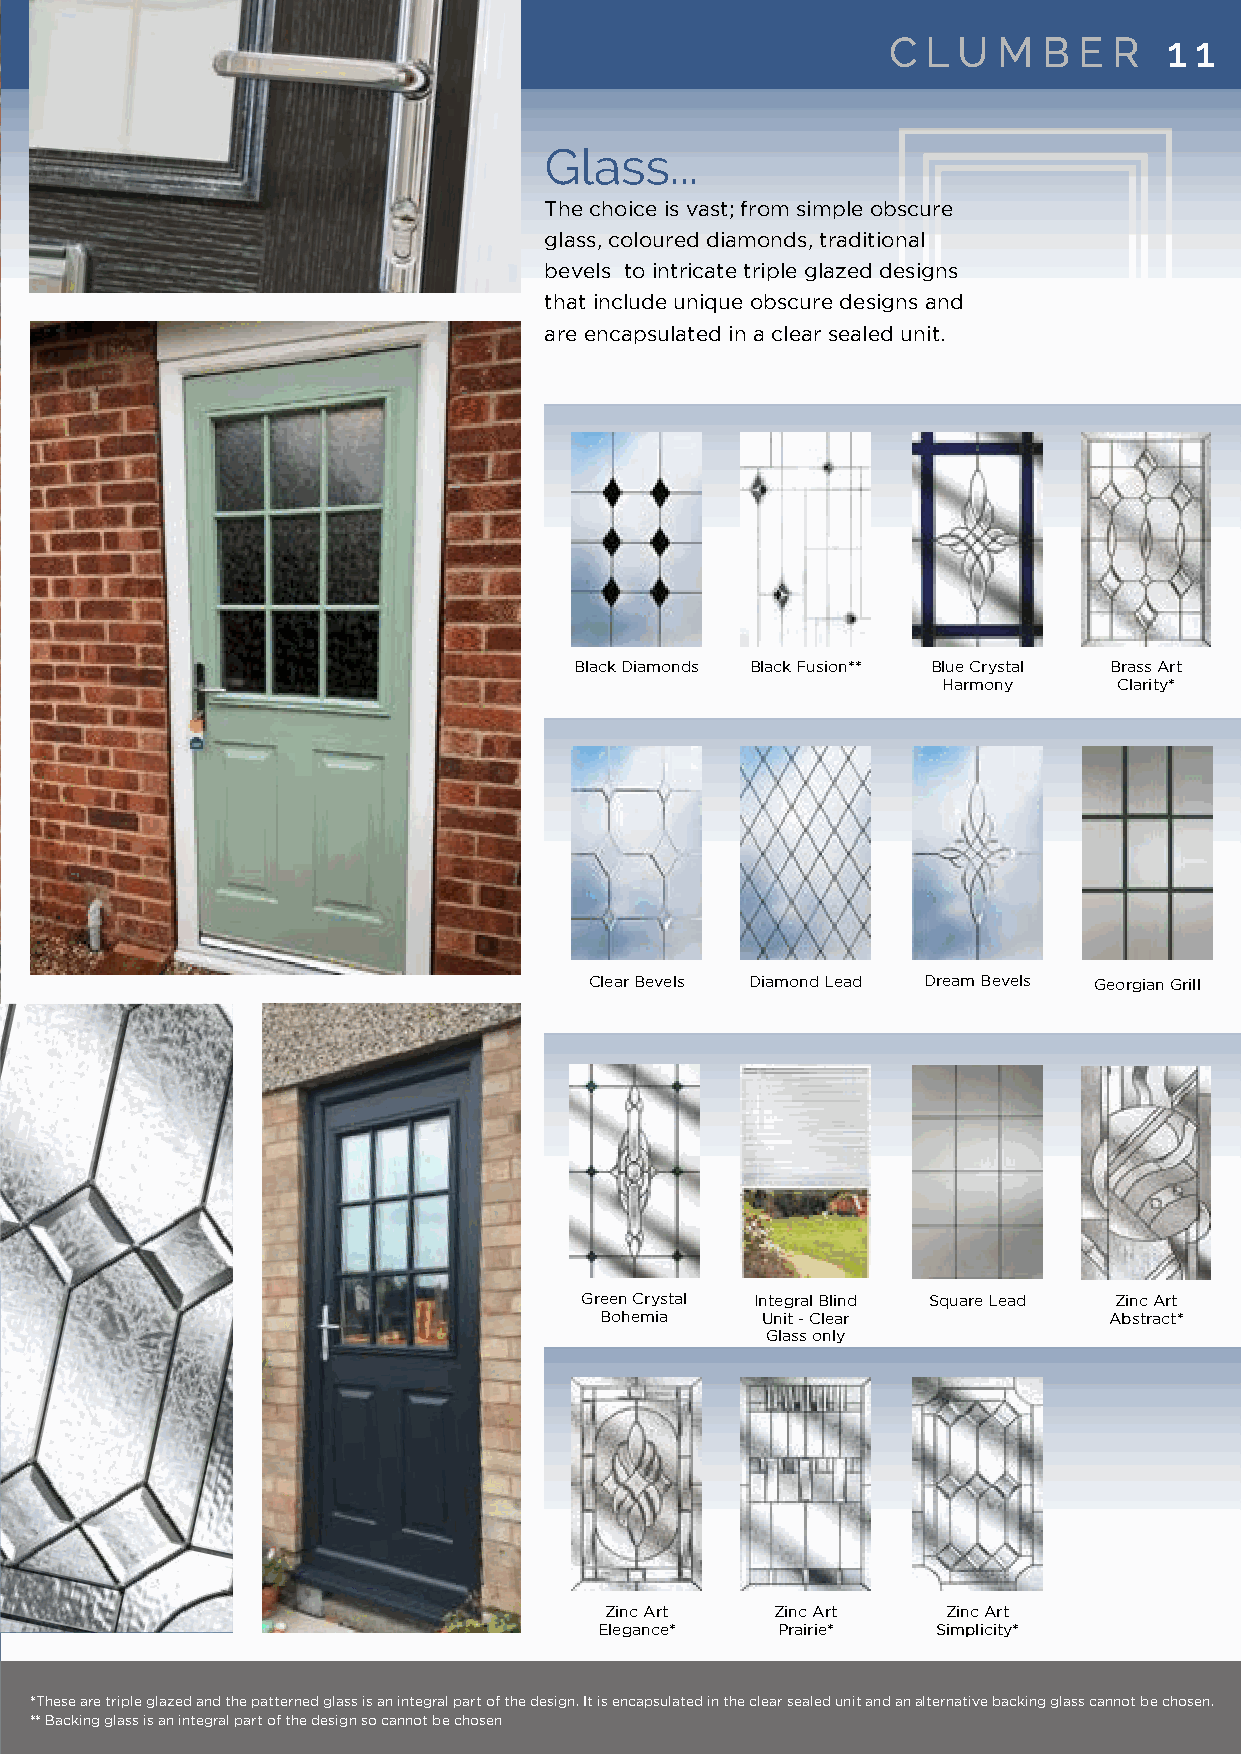
The
 CC LL UU MM BB EE RR 11 11
 Clumber
 With its Georgian grill             GGllaassss......
 option this design is
 ideal for traditional               TThhee cchhooiiccee iiss vvaasstt;; ffrroomm ssiimmppllee oobbssccuurree
 properties and its large            ggllaassss,, ccoolloouurreedd ddiiaammoonnddss,, ttrraaddiittiioonnaall
 glazed area will fl ood             bbeevveellss ttoo iinnttrriiccaattee ttrriippllee ggllaazzeedd ddeessiiggnnss
 light into any darkened             tthhaatt iinncclluuddee uunniiqquuee oobbssccuurree ddeessiiggnnss aanndd
 room or hallway. Also a             aarree eennccaappssuullaatteedd iinn aa cclleeaarr sseeaalleedd uunniitt..
 range of glass designs
 are available and if used
 as a traditional clear
 glazed back door an
 integral blind is also
 available when privacy
 is required.
 BBllaacckk DDiiaammoonnddss BBllaacckk FFuussiioonn**** BBlluuee CCrryyssttaall BBrraassss AArrtt
 HHaarrmmoonnyy CCllaarriittyy**
 CClleeaarr BBeevveellss DDiiaammoonndd LLeeaadd DDrreeaamm BBeevveellss GGeeoorrggiiaann GGrriillll
 Styles... Side panels...
 Colours...                            GGrreeeenn CCrryyssttaall IInntteeggrraall BBlliinndd SSqquuaarree LLeeaadd ZZiinncc AArrtt
 BBoohheemmiiaa UUnniitt -- CClleeaarr AAbbssttrraacctt**
 GGllaassss oonnllyy
 To see the full range of colours available please see page 9
 ZZiinncc AArrtt ZZiinncc AArrtt ZZiinncc AArrtt
 EElleeggaannccee** PPrraaiirriiee** SSiimmpplliicciittyy**
 **TThheessee aarree ttrriippllee ggllaazzeedd aanndd tthhee ppaatttteerrnneedd ggllaassss iiss aann iinntteeggrraall ppaarrtt ooff tthhee ddeessiiggnn.. IItt iiss eennccaappssuullaatteedd iinn tthhee cclleeaarr sseeaalleedd uunniitt aanndd aann aalltteerrnnaattiivvee bbaacckkiinngg ggllaassss ccaannnnoott bbee cchhoosseenn..
 **** BBaacckkiinngg ggllaassss iiss aann iinntteeggrraall ppaarrtt ooff tthhee ddeessiiggnn ssoo ccaannnnoott bbee cchhoosseenn